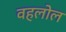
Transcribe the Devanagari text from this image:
वहलोल